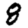
Digit: 8